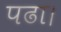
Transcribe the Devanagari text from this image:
पढा।